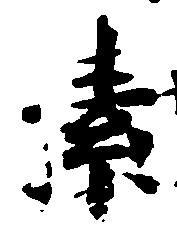
索